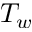
T _ { w }